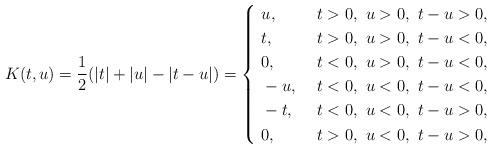
LaTeX: \begin{align*} \aligned K(t,u) & = \frac{1}{2} (|t|+|u|-|t-u|) = \begin{cases}~u, & ~t>0,~u>0,~t-u>0, \\~t, & ~t>0,~u>0,~t-u<0, \\~0, & ~t<0,~u>0,~t-u<0, \\~-u, & ~t<0,~u<0,~t-u<0, \\~-t, & ~t<0,~u<0,~t-u>0, \\~0, & ~t>0,~u<0,~t-u>0, \\\end{cases}\endaligned\end{align*}